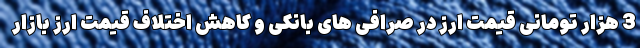
3 هزار تومانی قیمت ارز در صرافی های بانکی و کاهش اختلاف قیمت ارز بازار